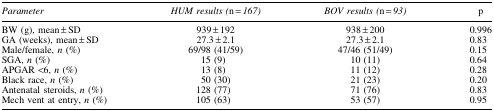
<table><thead><tr><td><b><i>Parameter</i></b></td><td><b><i>HUM results (</i>n<i> = 167)</i></b></td><td><b><i>BOV results (</i>n<i> = 93)</i></b></td><td><b>p</b></td></tr></thead><tbody><tr><td>BW (g), mean ± SD</td><td>939 ± 192</td><td>938 ± 200</td><td>0.996</td></tr><tr><td>GA (weeks), mean ± SD</td><td>27.3 ± 2.1</td><td>27.3 ± 2.1</td><td>0.83</td></tr><tr><td>Male/female, <i>n</i> (%)</td><td>69/98 (41/59)</td><td>47/46 (51/49)</td><td>0.15</td></tr><tr><td>SGA, <i>n</i> (%)</td><td>15 (9)</td><td>10 (11)</td><td>0.64</td></tr><tr><td>APGAR &lt;6, <i>n</i> (%)</td><td>13 (8)</td><td>11 (12)</td><td>0.28</td></tr><tr><td>Black race, <i>n</i> (%)</td><td>50 (30)</td><td>21 (23)</td><td>0.20</td></tr><tr><td>Antenatal steroids, <i>n</i> (%)</td><td>128 (77)</td><td>71 (76)</td><td>0.83</td></tr><tr><td>Mech vent at entry, <i>n</i> (%)</td><td>105 (63)</td><td>53 (57)</td><td>0.95</td></tr></tbody></table>